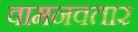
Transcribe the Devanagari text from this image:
वामनवतार